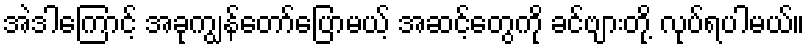
အဲဒါကြောင့် အခုကျွန်တော်ပြောမယ့် အဆင့်တွေကို ခင်ဗျားတို့ လုပ်ရပါမယ်။